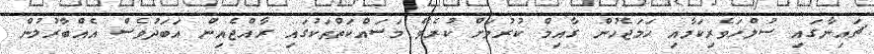
ޗައިނާގައި ސުލްހަވެރިކަމާއި ހަމަޖެހުން ގާއިމް ކުރުމަށް ކުރެވޭ މަސައްކަތްތަކުގައި ރާއްޖެއިން އަބަދުވެސް އެއްބާރުލުން